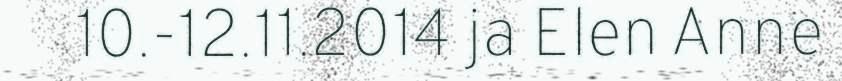
10.-12.11.2014 ja Elen Anne